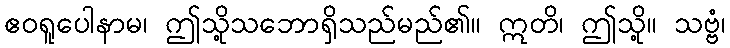
ဧဝရူပေါနာမ၊ ဤသို့သဘောရှိသည်မည်၏။ ဣတိ၊ ဤသို့။ သဗ္ဗံ၊